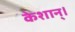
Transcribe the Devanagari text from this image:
केशान्।